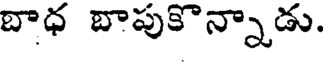
బాధ బాపుకొన్నాడు.